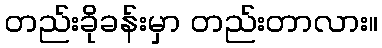
တည်းခိုခန်းမှာ တည်းတာလား။